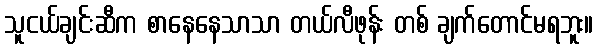
သူငယ်ချင်းဆီက စာနေနေသာသာ တယ်လီဖုန်း တစ် ချက်တောင်မရဘူး။